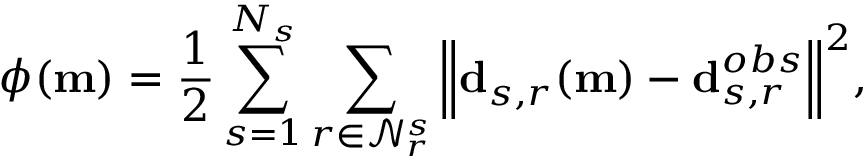
\phi ( \mathbf { m } ) = \frac { 1 } { 2 } \sum _ { s = 1 } ^ { N _ { s } } \sum _ { r \in \mathcal { N } _ { r } ^ { s } } \Big \Vert \mathbf { d } _ { s , r } ( \mathbf { m } ) - \mathbf { d } _ { s , r } ^ { o b s } \Big \Vert ^ { 2 } ,